Madras plague regulations and rules - Volume 1
Disease focus: Plague
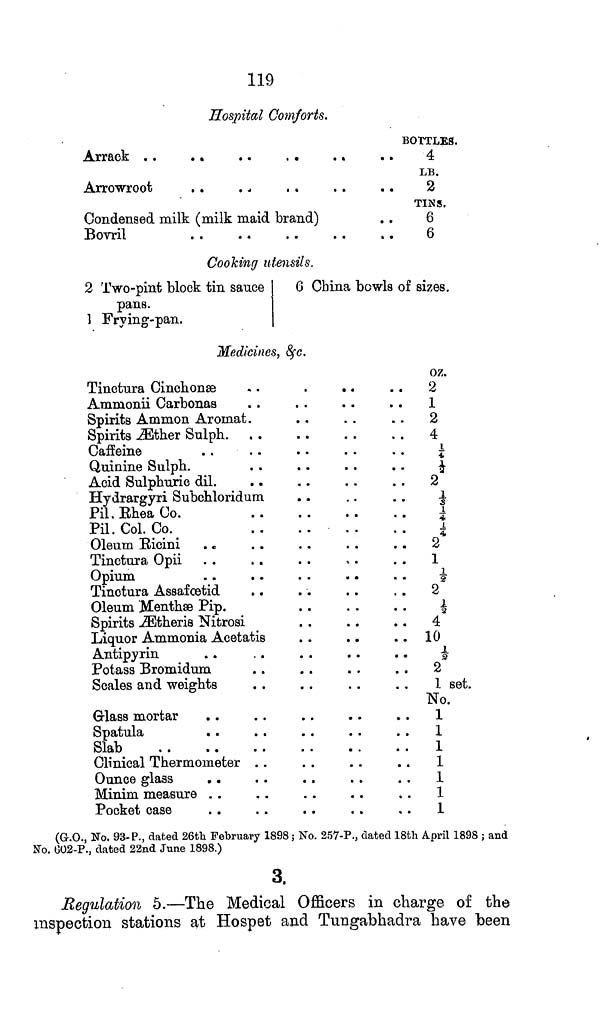
119
Hospital Comforts.
Arrack . .
. .
. .
. .
. .
Arrowroot
Condensed milk (milk maid brand)
Bovril
BOTTLES.
4
LB.
2
TINS.
6
6
Cooking utensils.
2 Two-pint block tin sauce
pans.
1 Frying-pan.
6 China bowls of sizes.
Medicines, &c.
Tinctura Cinchonse
Ammonii Carbonas
Spirits Ammon Aromat.
Spirits Æther Sulph
Caffeine
Quinine Sulph.
Acid Sulphuric dil.
Hydrargyri Subohloridum
Pil. Rhea Co.
Pil. Col. Co.
Oleum Ricini
Tinctura Opii
Opium
Tinotura Assafœtid
Oleum Menthæ Pip.
Spirits Ætheris Nitrosi
Liquor Ammonia Acetatis
Antipyrin
Potass Bromidum
Scales and weights
Glass mortar
Spatula
Slab
Clinical Thermometer
Ounce glass
Minim measure
Pocket case
oz.
2
1
2
4 ¼
4
2
\1/3\
4
I
2
1
2
2
\1/3\
4
10
3
2
1 set.
No.
1
1
1
1
1
1
1
(G.O., No. 93-P., dated 26th February 1898; No. 257-P., dated 18th April 1898 5 and
No. 002-P., dated 22nd June 1898.)
3.
Regulation 5.—The Medical Officers in charge of the
inspection stations at Hospet and Tungabhadra have been